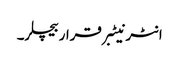
انٹرنیٹبرقراربیچلر۔